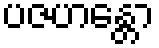
ပဇဟန္တော